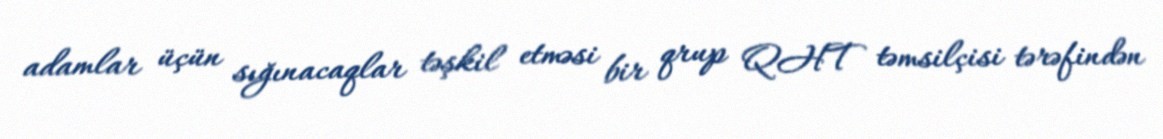
adamlar üçün sığınacaqlar təşkil etməsi bir qrup QHT təmsilçisi tərəfindən